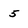
Character: 5